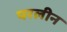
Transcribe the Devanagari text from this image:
परलीन